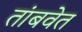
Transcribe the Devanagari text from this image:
तांबवेत